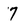
Character: 7